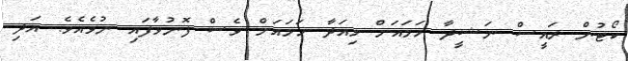
ކޯޓުން ރައީސް ނަޝީދާ ހަމައަށް މިއަދާ ހަމައަށް ވެސް ފޮނުވާފައި ނުވެއެވެ. އަދި